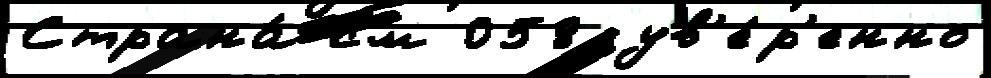
Страна́ см 058 ув'е́р'енно